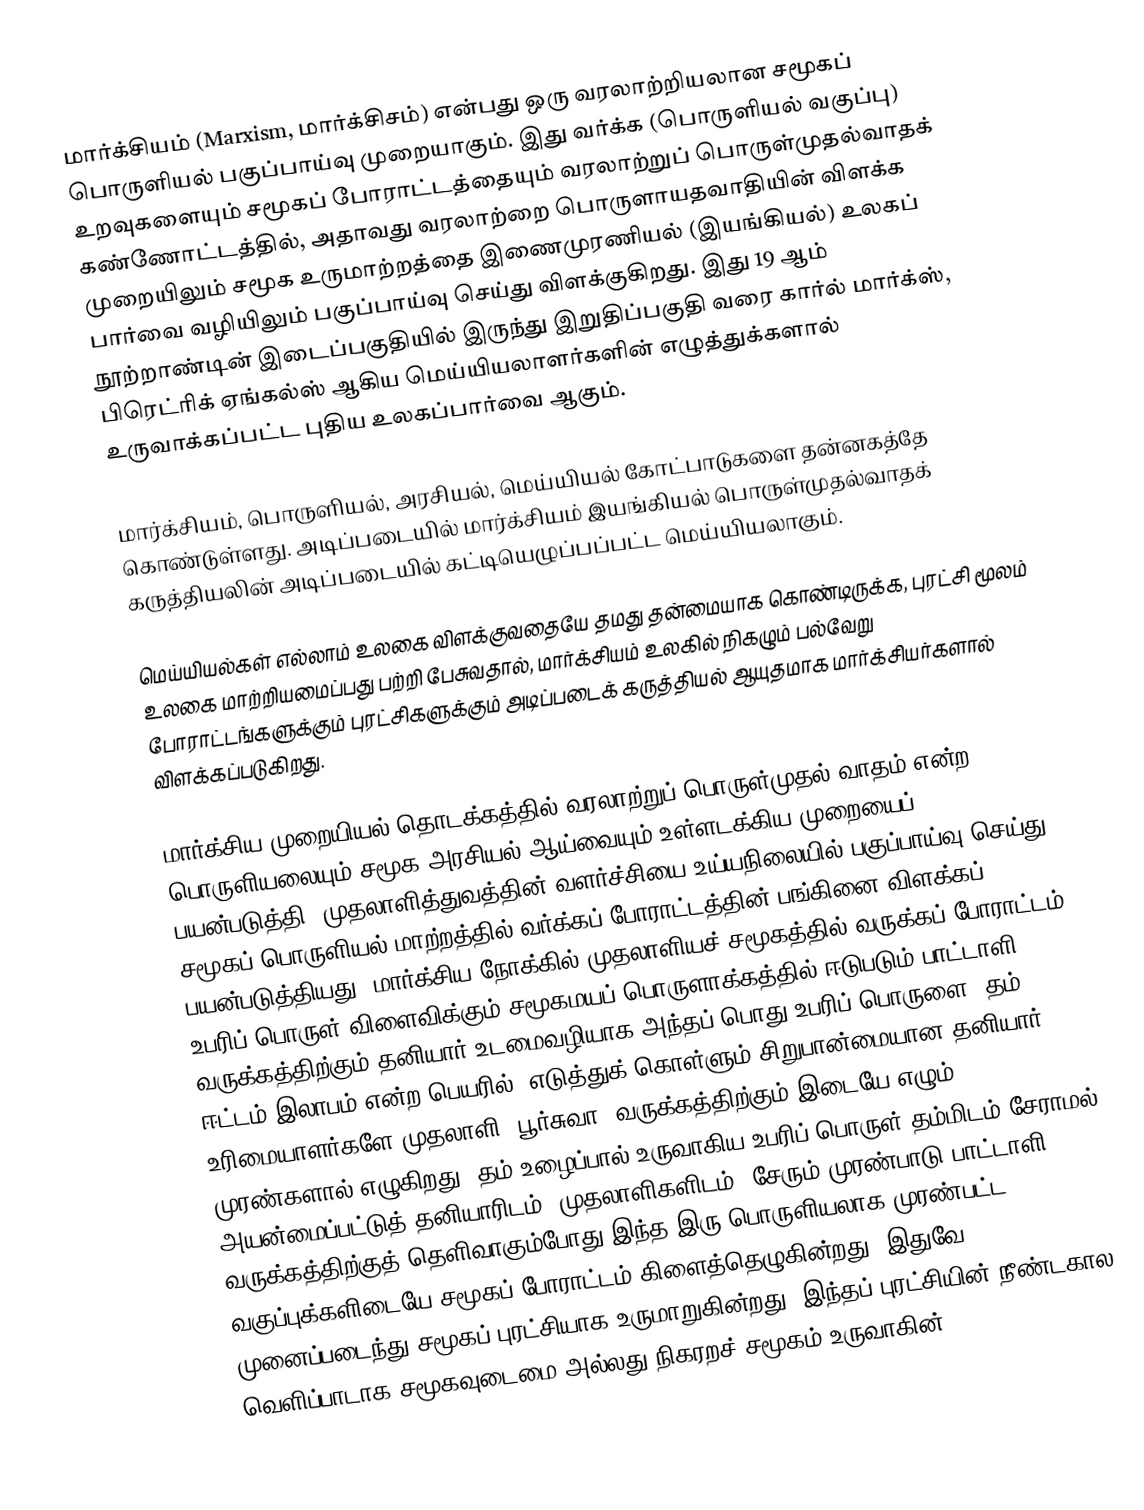
மார்க்சியம் (Marxism, மார்க்சிசம்) என்பது ஒரு வரலாற்றியலான சமூகப் பொருளியல் பகுப்பாய்வு முறையாகும். இது வர்க்க (பொருளியல் வகுப்பு) உறவுகளையும் சமூகப் போராட்டத்தையும் வரலாற்றுப் பொருள்முதல்வாதக் கண்ணோட்டத்தில், அதாவது வரலாற்றை பொருளாயதவாதியின் விளக்க முறையிலும் சமூக உருமாற்றத்தை இணைமுரணியல் (இயங்கியல்) உலகப் பார்வை வழியிலும் பகுப்பாய்வு செய்து விளக்குகிறது. இது 19 ஆம் நூற்றாண்டின் இடைப்பகுதியில் இருந்து இறுதிப்பகுதி வரை கார்ல் மார்க்ஸ், பிரெட்ரிக் ஏங்கல்ஸ் ஆகிய மெய்யியலாளர்களின் எழுத்துக்களால் உருவாக்கப்பட்ட  புதிய உலகப்பார்வை ஆகும்.

மார்க்சியம், பொருளியல், அரசியல், மெய்யியல் கோட்பாடுகளை தன்னகத்தே கொண்டுள்ளது. அடிப்படையில் மார்க்சியம்  இயங்கியல் பொருள்முதல்வாதக் கருத்தியலின் அடிப்படையில் கட்டியெழுப்பப்பட்ட மெய்யியலாகும்.

மெய்யியல்கள் எல்லாம் உலகை விளக்குவதையே தமது தன்மையாக கொண்டிருக்க, புரட்சி மூலம் உலகை மாற்றியமைப்பது பற்றி பேசுவதால், மார்க்சியம் உலகில் நிகழும் பல்வேறு போராட்டங்களுக்கும் புரட்சிகளுக்கும் அடிப்படைக் கருத்தியல் ஆயுதமாக மார்க்சியர்களால் விளக்கப்படுகிறது.

மார்க்சிய முறையியல் தொடக்கத்தில் வரலாற்றுப் பொருள்முதல் வாதம் என்ற  பொருளியலையும்  சமூக அரசியல் ஆய்வையும் உள்ளடக்கிய முறையைப் பயன்படுத்தி, முதலாளித்துவத்தின் வளர்ச்சியை உய்யநிலையில் பகுப்பாய்வு செய்து,  சமூகப் பொருளியல் மாற்றத்தில் வர்க்கப் போராட்டத்தின் பங்கினை விளக்கப் பயன்படுத்தியது. மார்க்சிய நோக்கில் முதலாளியச் சமூகத்தில் வருக்கப் போராட்டம், உபரிப் பொருள் விளைவிக்கும் சமூகமயப் பொருளாக்கத்தில் ஈடுபடும் பாட்டாளி வருக்கத்திற்கும் தனியார்  உடமைவழியாக அந்தப் பொது உபரிப் பொருளை (தம் ஈட்டம்-இலாபம் என்ற பெயரில்) எடுத்துக் கொள்ளும் சிறுபான்மையான தனியார் உரிமையாளர்களே முதலாளி (பூர்சுவா) வருக்கத்திற்கும் இடையே எழும் முரண்களால் எழுகிறது. தம் உழைப்பால் உருவாகிய உபரிப் பொருள் தம்மிடம் சேராமல் அயன்மைப்பட்டுத் தனியாரிடம் (முதலாளிகளிடம்) சேரும் முரண்பாடு பாட்டாளி வருக்கத்திற்குத் தெளிவாகும்போது  இந்த இரு பொருளியலாக முரண்பட்ட வகுப்புக்களிடையே சமூகப் போராட்டம் கிளைத்தெழுகின்றது. இதுவே முனைப்படைந்து சமூகப் புரட்சியாக உருமாறுகின்றது. இந்தப் புரட்சியின் நீண்டகால வெளிப்பாடாக சமூகவுடைமை அல்லது நிகரறச் சமூகம் உருவாகின்